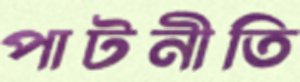
পাটনীতি